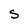
Character: S